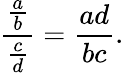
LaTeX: {\frac{\frac{a}{b}}{\frac{c}{d}}}={\frac{ad}{bc}}.